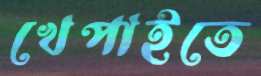
খেপাইতে